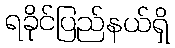
ရခိုင်ပြည်နယ်ရှိ